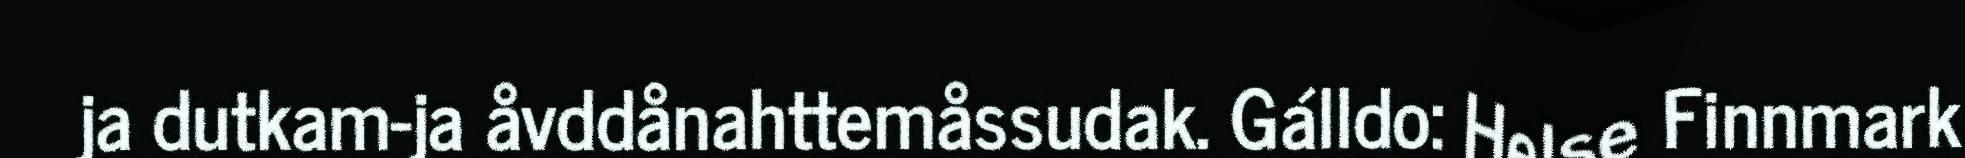
ja dutkam-ja åvddånahttemåssudak. Gálldo: Helse Finnmark